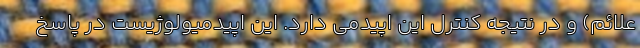
علائم) و در نتیجه کنترل این اپیدمی دارد. این اپیدمیولوژیست در پاسخ